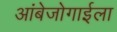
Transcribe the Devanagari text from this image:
आंबेजोगाईला